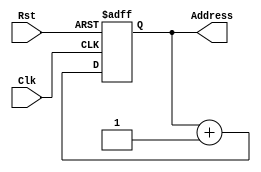
//Contador de Programa
module pc(Address,Clk,Rst);

	output reg[9:0] Address;
	input Clk, Rst;
	
	always @(posedge Clk or posedge Rst)begin //Trocar o reset com base na FPGA
		if(Rst)begin
			Address <= 10'd0;
		end
		else begin
			Address <= Address + 1'b1;
		end
	end
	
endmodule	
//